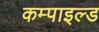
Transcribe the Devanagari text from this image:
कम्पाइल्ड